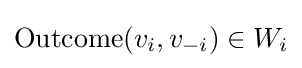
{\text{Outcome}}(v_{i},v_{-i})\in W_{i}